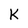
Character: k